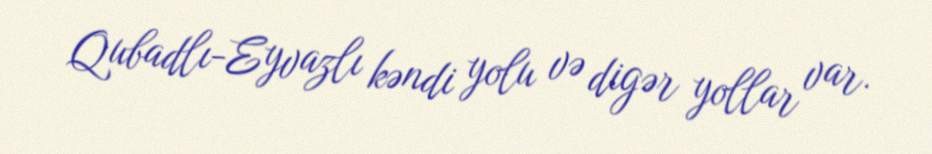
Qubadlı-Eyvazlı kəndi yolu və digər yollar var.